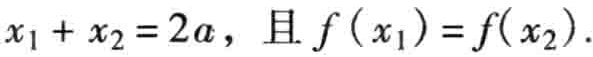
\(x_{1}+x_{2}=2a，且f\left(x_{1}\right)=f(x_{2})\)